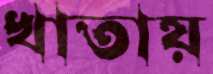
খাতায়